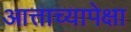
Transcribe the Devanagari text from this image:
आत्ताच्यापेक्षा